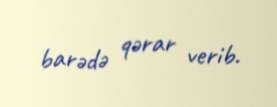
barədə qərar verib.